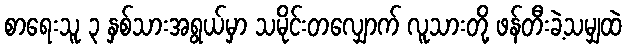
စာရေးသူ ၃ နှစ်သားအရွယ်မှာ သမိုင်းတလျှောက် လူသားတို့ ဖန်တီးခဲ့သမျှထဲ